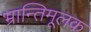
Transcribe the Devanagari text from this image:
भ्रान्तिमूलक